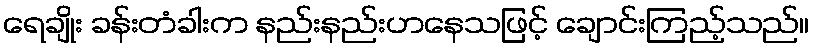
ရေချိုး ခန်းတံခါးက နည်းနည်းဟနေသဖြင့် ချောင်းကြည့်သည်။